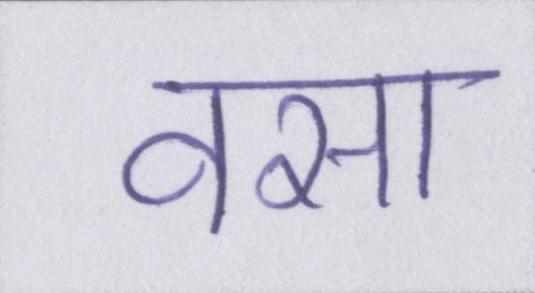
वसा